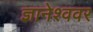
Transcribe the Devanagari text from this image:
ज्ञानेश्ववर